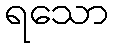
ရသော